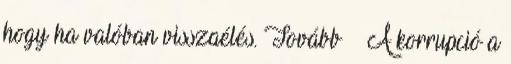
hogy ha valóban visszaélés. Tovább › ›A korrupció a